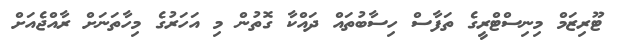
ޓޫރިޒަމް މިނިސްޓްރީގެ ތަފާސް ހިސާބުތައް ދައްކާ ގޮތުން މި އަހަރުގެ މިހާތަނަށް ރާއްޖެއަށް